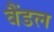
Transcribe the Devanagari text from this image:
वैंडल